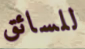
للسائق